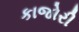
કાજોરી